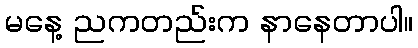
မနေ့ ညကတည်းက နာနေတာပါ။